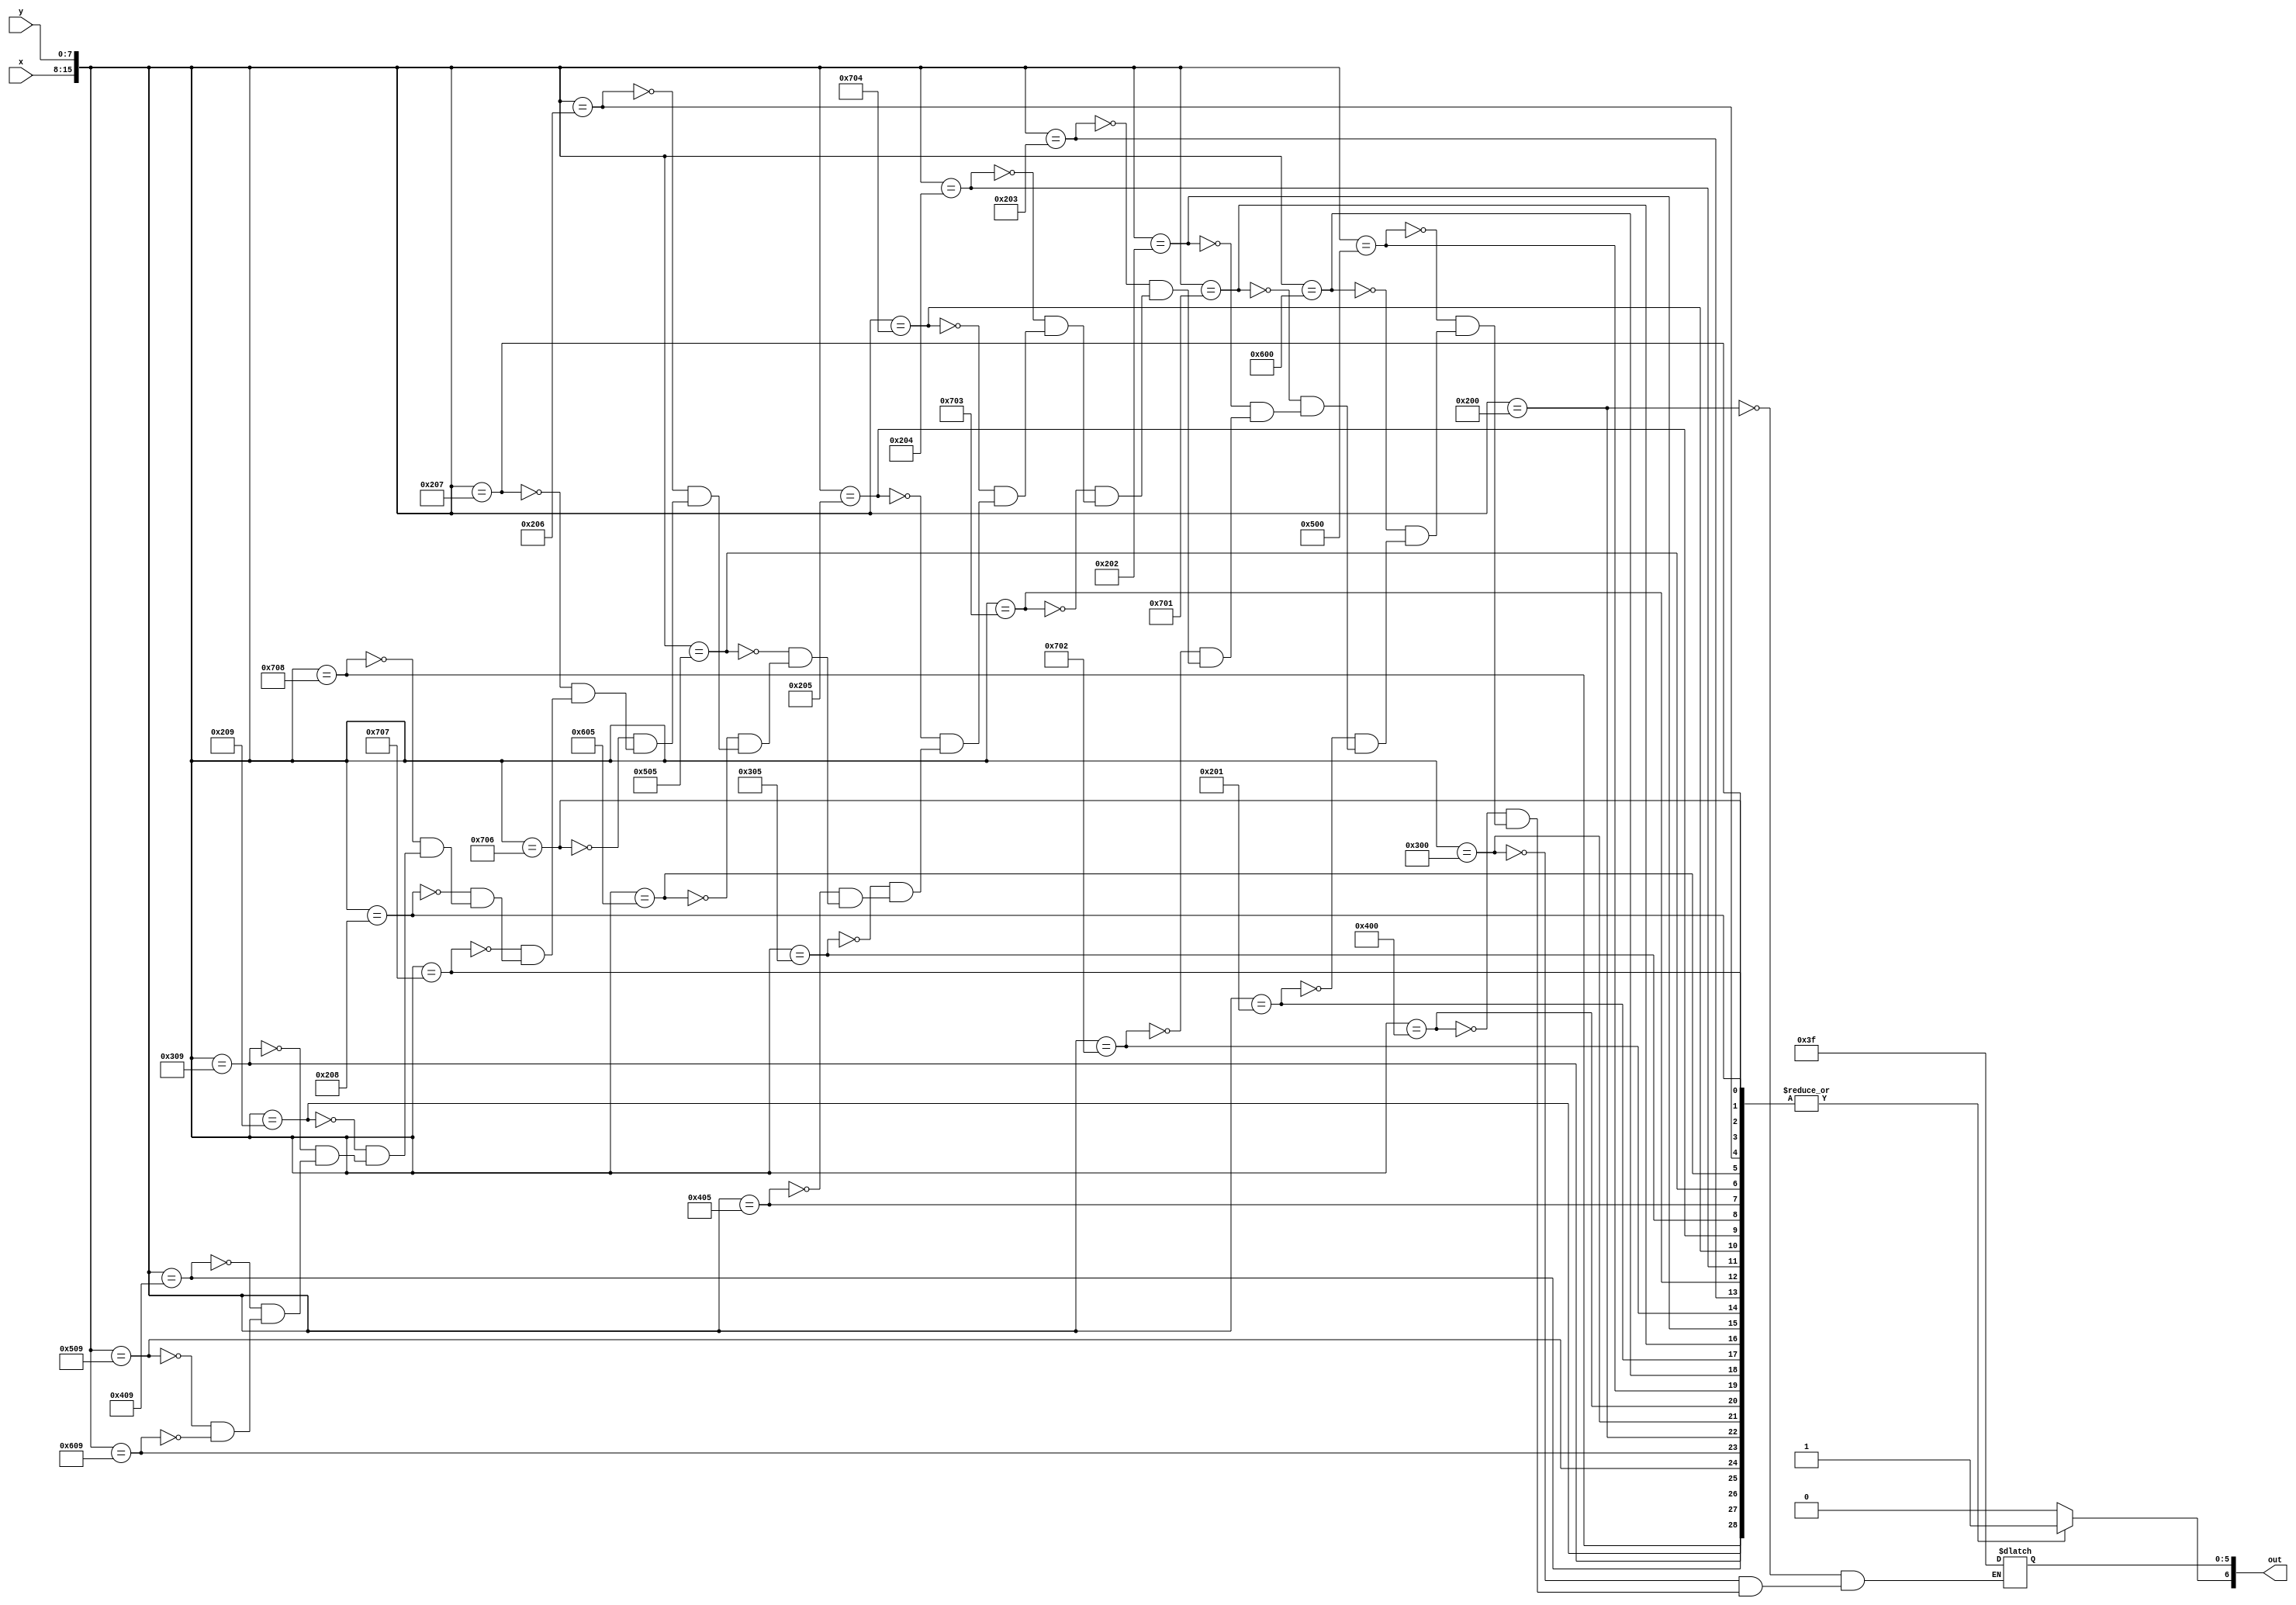
module char_b_lut(x, y, out);
	input [7:0] x;
	input [7:0] y;
	output reg [6:0] out;

	always@(*)
	begin
		out[6] <= 1'b1;
		case({x, y})
			16'h0200: out[5:0] <= 6'b111111;
			16'h0300: out[5:0] <= 6'b111111;
			16'h0400: out[5:0] <= 6'b111111;
			16'h0500: out[5:0] <= 6'b111111;
			16'h0600: out[5:0] <= 6'b111111;
			
			16'h0201: out[5:0] <= 6'b111111;
			16'h0701: out[5:0] <= 6'b111111;
			
			16'h0202: out[5:0] <= 6'b111111;
			16'h0702: out[5:0] <= 6'b111111;
			
			16'h0203: out[5:0] <= 6'b111111;
			16'h0703: out[5:0] <= 6'b111111;
			
			16'h0204: out[5:0] <= 6'b111111;
			16'h0704: out[5:0] <= 6'b111111;
			
			16'h0205: out[5:0] <= 6'b111111;
			16'h0305: out[5:0] <= 6'b111111;
			16'h0405: out[5:0] <= 6'b111111;
			16'h0505: out[5:0] <= 6'b111111;
			16'h0605: out[5:0] <= 6'b111111;
			
			16'h0206: out[5:0] <= 6'b111111;
			16'h0706: out[5:0] <= 6'b111111;
			
			16'h0207: out[5:0] <= 6'b111111;
			16'h0707: out[5:0] <= 6'b111111;
			
			16'h0208: out[5:0] <= 6'b111111;
			16'h0708: out[5:0] <= 6'b111111;
			
			16'h0209: out[5:0] <= 6'b111111;
			16'h0309: out[5:0] <= 6'b111111;
			16'h0409: out[5:0] <= 6'b111111;
			16'h0509: out[5:0] <= 6'b111111;
			16'h0609: out[5:0] <= 6'b111111;
			default: out[6] <= 1'b0;
		endcase
	end
endmodule
module char_b(x, y, flush_x, flush_y, colour, enable);
	input [7:0] x;
	input [7:0] y;
	input [7:0] flush_x;
	input [7:0] flush_y;
	
	output [5:0] colour;
	output enable;
	
	wire [6:0] lut_out;
	
	char_b_lut(flush_x - x, flush_y - y, lut_out);
	
	assign colour = lut_out[5:0];
	assign enable = lut_out[6];
endmodule